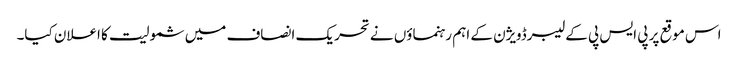
اس موقع پر پی ایس پی کے لیبرڈویژن کے اہم رہنماؤں نے تحریک انصاف میں شمولیت کا اعلان کیا۔